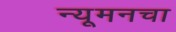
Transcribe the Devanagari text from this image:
न्यूमनचा